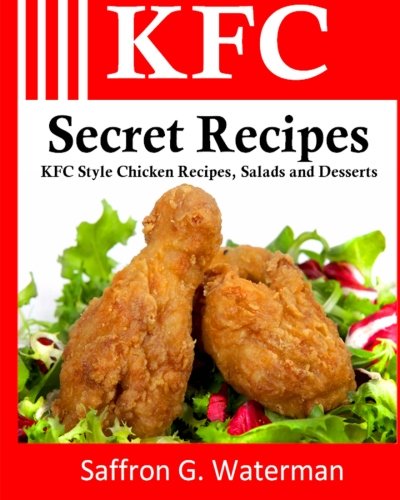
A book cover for KFC Secret Recipes: KFC Style Chicken Recipes, Salads and Desserts; Saffron G Waterman; Cookbooks, Food & Wine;